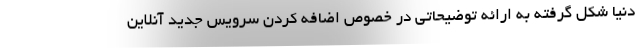
دنیا شکل گرفته به ارائه توضیحاتی در خصوص اضافه کردن سرویس جدید آنلاین